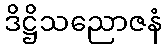
ဒိဋ္ဌိသညောဇနံ